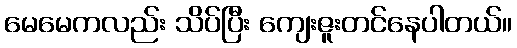
မေမေကလည်း သိပ်ပြီး ကျေးဇူးတင်နေပါတယ်။